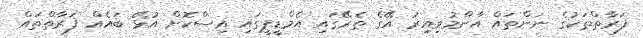
ފަރާތްތަކުގެ ނަންތައް އާންމުވިއިރު އޭގެ ތެރޭގައި އެމްޑީޕީގައި އިސްކޮށް އުޅޭ ބައެއް ފަރާތްތައް